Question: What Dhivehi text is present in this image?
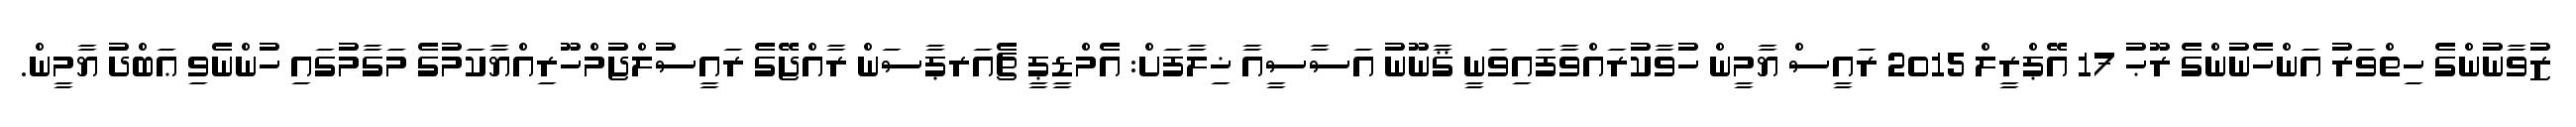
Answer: ޒުވާނުންގެ ހިތްވަރު އަންހެނުންގެ ރޫޙު 17 އޭޕްރީލް 2015 ރައީސް ޔާމީން ހުވާކުރައްވާފައިވަނީ ޤާނޫނު އަސާސީއާ ޚިލާފަށް: އެމްޑީޕީ ޗެއަރޕާސަން ރާއްޖޭގެ ރައީސުލްޖުމްހޫރިއްޔާކަމުގެ މަގާމުގައި ހުންނެވި ޢަބްދު ޔާމީން.